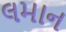
લમાન